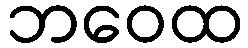
ဘဝေထ